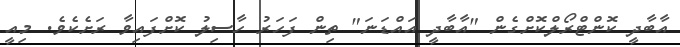
އާބާދީ ކޮންޓްރޯލްކޮށްގެން "އާބާދީ އައްޑަނަ" ތިން ފަހަރު ހާސިލު ކޮށްފައިވާ ރަށެކެވެ. މިއީ